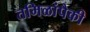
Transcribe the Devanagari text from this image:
तमिळांपैकी